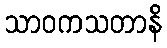
သာဝကသတာနိ